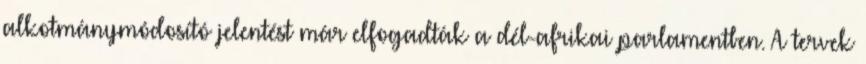
alkotmánymódosító jelentést már elfogadták a dél-afrikai parlamentben. A tervek